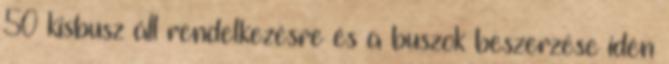
50 kisbusz áll rendelkezésre és a buszok beszerzése idén